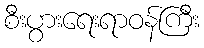
စီးပွားရေးရာဝန်ကြီး